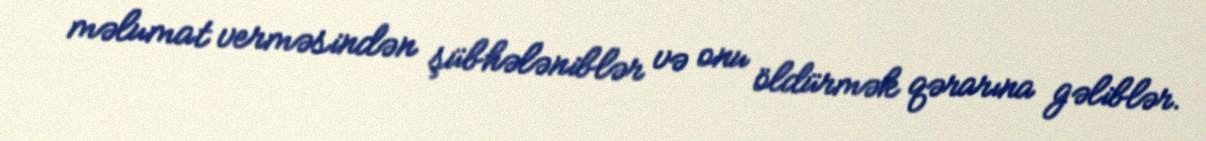
məlumat verməsindən şübhələniblər və onu öldürmək qərarına gəliblər.